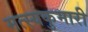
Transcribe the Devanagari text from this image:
मत्स्यकुमारी